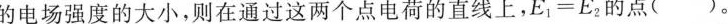
的电场强度的大小，则在通过这两个点电荷的直线上，E_{1}=E_{2}的点( )。